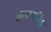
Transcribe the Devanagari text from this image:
क्वथनबिंदू